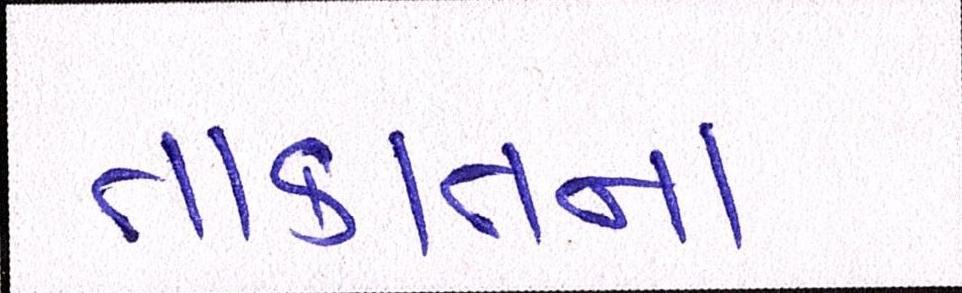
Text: તાકાતના